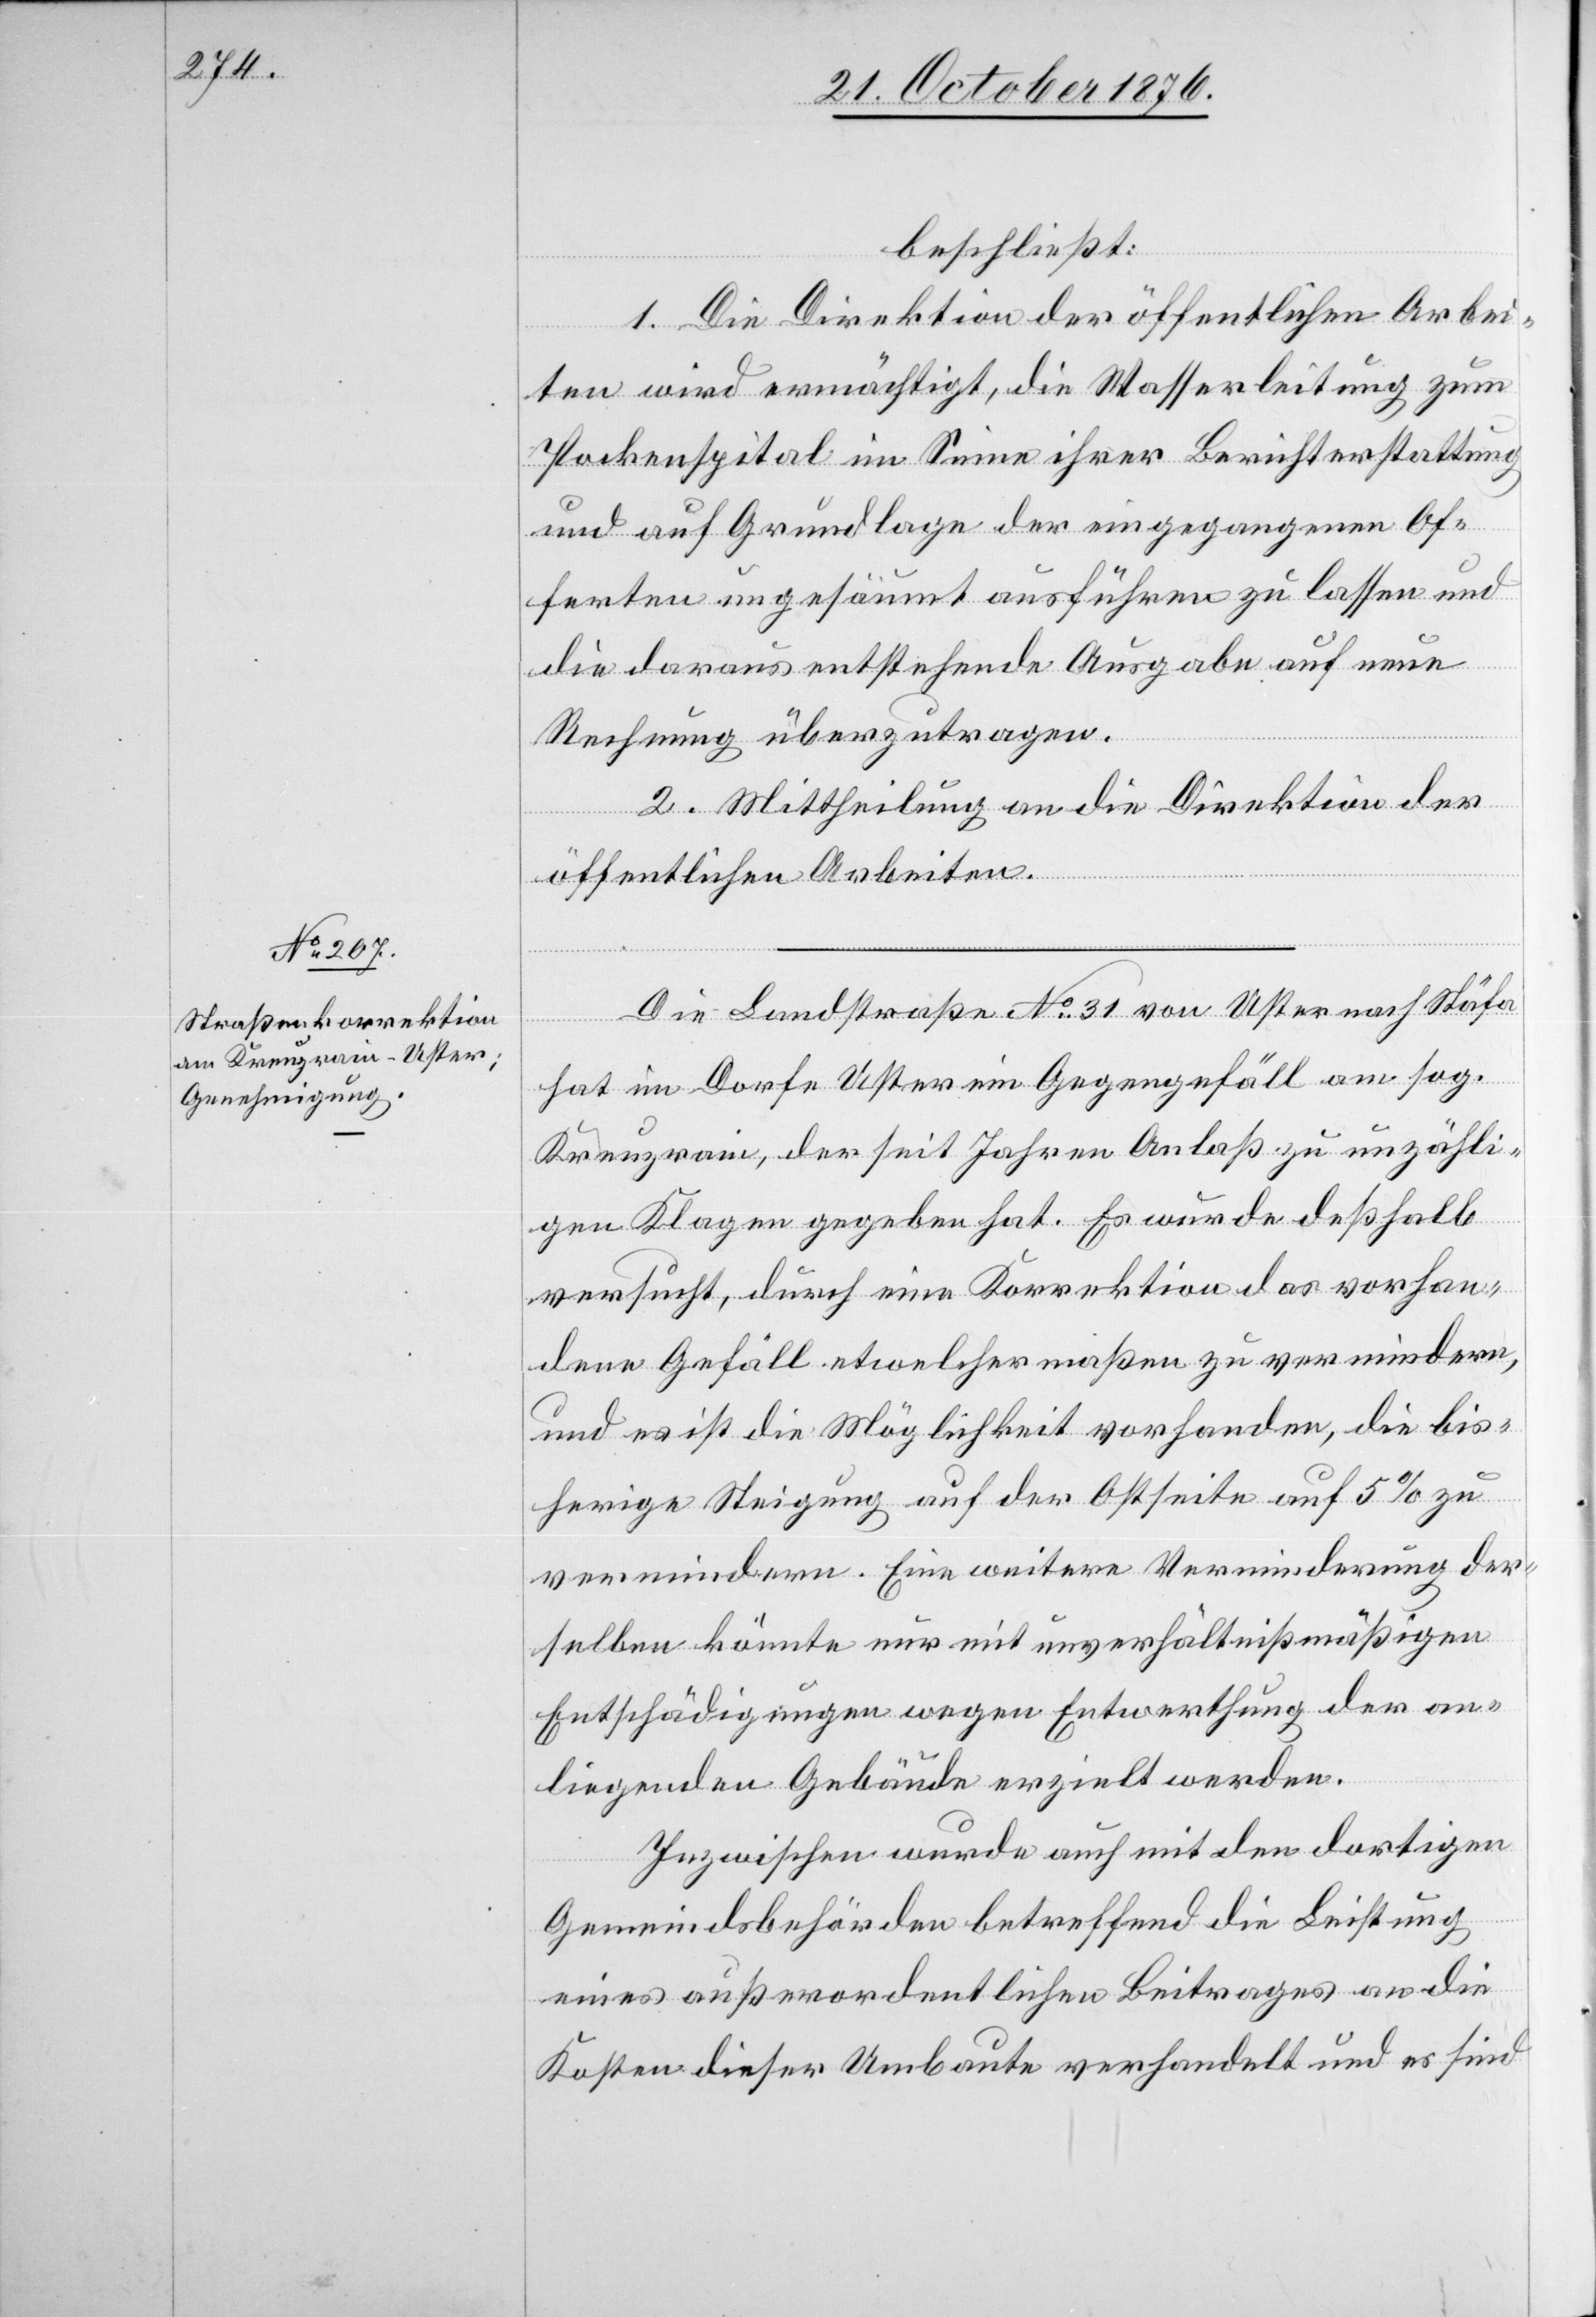
21. October 1876.]
beschließt:
1. Die Direktion der öffentlichen Arbei¬
ten wird ermächtigt, die Wasserleitung zum
Pockenspital im Sinne ihrer Berichterstattung
und auf Grundlage der eingegangenen Of¬
ferten ungesäumt ausführen zu lassen und
die daraus entstehende Ausgabe auf [die]
Rechnung überzutragen.
2. Mittheilung an die Direktion der
öffentlichen Arbeiten.
Die Landstraße No 31 von Uster nach Stäfa
hat im Dorfe Uster ein Gegengefäll am sog.
Kreuzrain, der seit Jahren Anlaß zu unzähli¬
gen Klagen gegeben hat. Es wurde deßhalb
versucht, durch eine Korrektion das vorhan¬
dene Gefäll etwelchermaßen zu vermindern,
und es ist die Möglichkeit vorhanden, die bis¬
herige Steigung auf der Ostseite auf 5% zu
vermindern. Eine weitere Verminderung der¬
selben könnte nur mit unverhältnißmäßigen
Entschädigungen wegen Entwerthung der an¬
liegenden Gebäude erzielt werden.
Inzwischen wurde auch mit den dortigen
Gemeindsbehörden betreffend die Leistung
eines außerordentlichen Beitrages an die
Kosten dieser Umbaute verhandelt und es sind